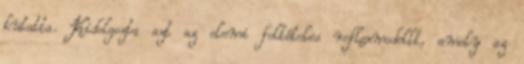
kutatta. Kidolgozta azt az elemi feltételes reflexmodellt, amely az